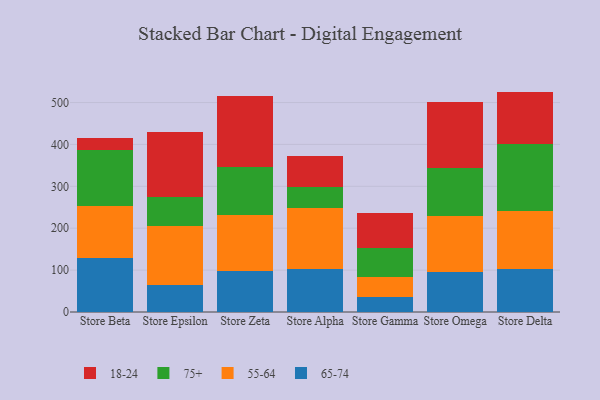
{"axis": {"x": "Store", "y": "Energy Usage (MWh)"}, "legend": ["18-24", "55-64", "65-74", "75+"], "data": [{"x": "Store Beta", "y": 127.8, "type": "65-74"}, {"x": "Store Beta", "y": 124.5, "type": "55-64"}, {"x": "Store Beta", "y": 133.7, "type": "75+"}, {"x": "Store Beta", "y": 28.9, "type": "18-24"}, {"x": "Store Epsilon", "y": 63.4, "type": "65-74"}, {"x": "Store Epsilon", "y": 143.0, "type": "55-64"}, {"x": "Store Epsilon", "y": 67.1, "type": "75+"}, {"x": "Store Epsilon", "y": 156.0, "type": "18-24"}, {"x": "Store Zeta", "y": 97.2, "type": "65-74"}, {"x": "Store Zeta", "y": 135.1, "type": "55-64"}, {"x": "Store Zeta", "y": 114.2, "type": "75+"}, {"x": "Store Zeta", "y": 169.4, "type": "18-24"}, {"x": "Store Alpha", "y": 103.1, "type": "65-74"}, {"x": "Store Alpha", "y": 146.3, "type": "55-64"}, {"x": "Store Alpha", "y": 48.6, "type": "75+"}, {"x": "Store Alpha", "y": 75.4, "type": "18-24"}, {"x": "Store Gamma", "y": 36.6, "type": "65-74"}, {"x": "Store Gamma", "y": 46.0, "type": "55-64"}, {"x": "Store Gamma", "y": 70.1, "type": "75+"}, {"x": "Store Gamma", "y": 84.7, "type": "18-24"}, {"x": "Store Omega", "y": 95.4, "type": "65-74"}, {"x": "Store Omega", "y": 134.6, "type": "55-64"}, {"x": "Store Omega", "y": 113.4, "type": "75+"}, {"x": "Store Omega", "y": 157.4, "type": "18-24"}, {"x": "Store Delta", "y": 103.6, "type": "65-74"}, {"x": "Store Delta", "y": 136.4, "type": "55-64"}, {"x": "Store Delta", "y": 160.6, "type": "75+"}, {"x": "Store Delta", "y": 125.5, "type": "18-24"}]}